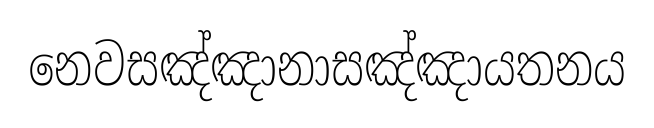
නෙවසඤ්ඤානාසඤ්ඤායතනය